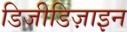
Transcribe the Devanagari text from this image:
डिजीडिज़ाइन